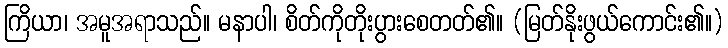
ကြိယာ၊ အမူအရာသည်။ မနာပါ၊ စိတ်ကိုတိုးပွားစေတတ်၏။ (မြတ်နိုးဖွယ်ကောင်း၏။)